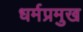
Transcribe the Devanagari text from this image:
धर्मप्रमुख